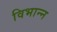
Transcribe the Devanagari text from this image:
विभान्न